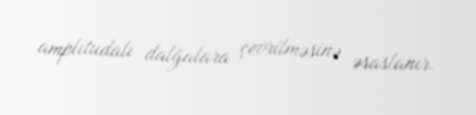
amplitudalı dalğalara çevrilməsinə əsaslanır.